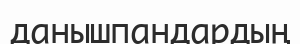
данышпандардың